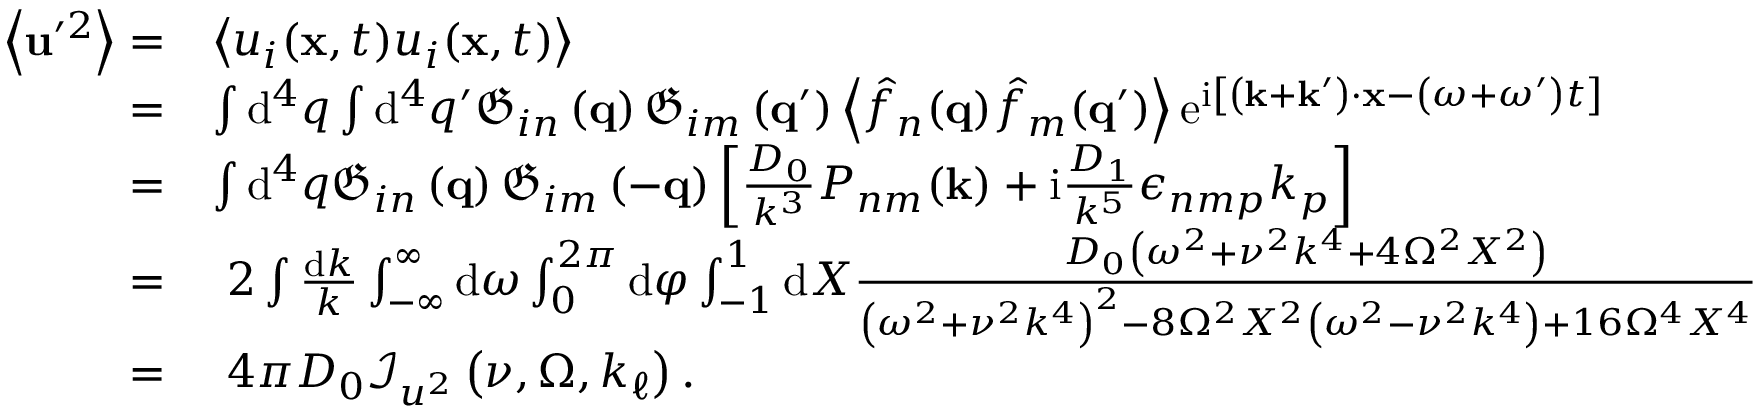
\begin{array} { r l } { \left\langle \mathbf { u } ^ { \prime 2 } \right\rangle = } & { \left\langle u _ { i } ( \mathbf { x } , t ) u _ { i } ( \mathbf { x } , t ) \right\rangle } \\ { = } & { \int \mathrm { d } ^ { 4 } q \int \mathrm { d } ^ { 4 } q ^ { \prime } \mathfrak { G } _ { i n } \left( \mathbf { q } \right) \mathfrak { G } _ { i m } \left( \mathbf { q } ^ { \prime } \right) \left\langle \hat { f } _ { n } ( \mathbf { q } ) \hat { f } _ { m } ( \mathbf { q } ^ { \prime } ) \right\rangle \mathrm { e } ^ { \mathrm { i } \left[ \left( \mathbf { k } + \mathbf { k } ^ { \prime } \right) \cdot \mathbf { x } - \left( \omega + \omega ^ { \prime } \right) t \right] } } \\ { = } & { \int \mathrm { d } ^ { 4 } q \mathfrak { G } _ { i n } \left( \mathbf { q } \right) \mathfrak { G } _ { i m } \left( - \mathbf { q } \right) \left[ \frac { D _ { 0 } } { k ^ { 3 } } P _ { n m } ( \mathbf { k } ) + \mathrm { i } \frac { D _ { 1 } } { k ^ { 5 } } \epsilon _ { n m p } k _ { p } \right] } \\ { = } & { \, \, 2 \int \frac { \mathrm { d } k } { k } \int _ { - \infty } ^ { \infty } \mathrm { d } \omega \int _ { 0 } ^ { 2 \pi } \mathrm { d } \varphi \int _ { - 1 } ^ { 1 } \mathrm { d } X \frac { D _ { 0 } \left( \omega ^ { 2 } + \nu ^ { 2 } k ^ { 4 } + 4 \Omega ^ { 2 } X ^ { 2 } \right) } { \left( \omega ^ { 2 } + \nu ^ { 2 } k ^ { 4 } \right) ^ { 2 } - 8 \Omega ^ { 2 } X ^ { 2 } \left( \omega ^ { 2 } - \nu ^ { 2 } k ^ { 4 } \right) + 1 6 \Omega ^ { 4 } X ^ { 4 } } } \\ { = } & { \, \, 4 \pi D _ { 0 } \mathcal { I } _ { u ^ { 2 } } \left( \nu , \Omega , k _ { \ell } \right) . } \end{array}